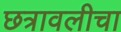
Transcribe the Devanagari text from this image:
छत्रावलीचा